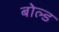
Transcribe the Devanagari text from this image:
बोल्‍ड